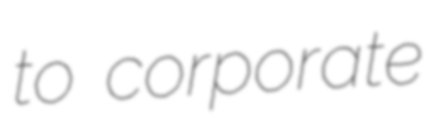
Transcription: to corporate